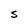
Character: S